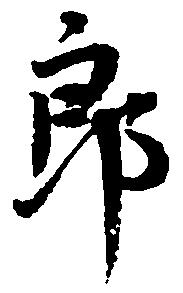
郎